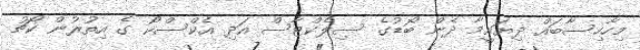
މިހާހިސާބައް ދިޔައީމާ ދެން ބޯޑުގެ ސިލެކްޓާސް އަދި އެކްސްކޯ ގެ އިތުރުން ކޯޗު